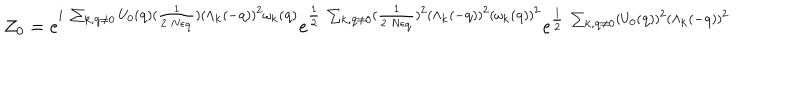
LaTeX: { \mathcal { Z } } _ { 0 } = e ^ { i \mathrm { ~ } \sum _ { { \bf { k } } , { \bf { q } } \neq 0 } U _ { 0 } ( { \bf { q } } ) ( \frac { 1 } { 2 \mathrm { ~ } N \epsilon _ { { \bf { q } } } } ) ( \Lambda _ { { \bf { k } } } ( - { \bf { q } } ) ) ^ { 2 } \omega _ { { \bf { k } } } ( { \bf { q } } ) } e ^ { \frac { 1 } { 2 } \mathrm { ~ } \sum _ { { \bf { k } } , { \bf { q } } \neq 0 } ( \frac { 1 } { 2 \mathrm { ~ } N \epsilon _ { { \bf { q } } } } ) ^ { 2 } ( \Lambda _ { { \bf { k } } } ( - { \bf { q } } ) ) ^ { 2 } ( \omega _ { { \bf { k } } } ( { \bf { q } } ) ) ^ { 2 } } e ^ { \frac { 1 } { 2 } \mathrm { ~ } \sum _ { { \bf { k } } , { \bf { q } } \neq 0 } ( U _ { 0 } ( { \bf { q } } ) ) ^ { 2 } ( \Lambda _ { { \bf { k } } } ( - { \bf { q } } ) ) ^ { 2 } }